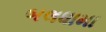
બલધામા